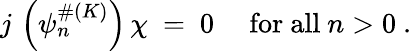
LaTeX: j\, \left(\psi_{n}^{\# (K)}\right)\, \chi\ =\ 0\ \quad\mathrm{for\ all}\ n>0\ .